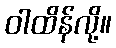
ဝါထိန်လို့။